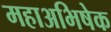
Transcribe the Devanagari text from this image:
महाअभिषेक